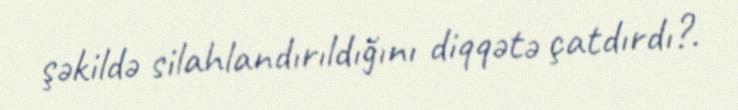
şəkildə silahlandırıldığını diqqətə çatdırdı?.